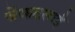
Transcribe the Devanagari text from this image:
वेंकटसाईं